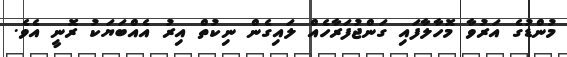
މުންޑުގެ އަރުވާ މޮހާލާފައި ގަންޖުފަރާހެއް ލައިގެން ނިކުތް އިރު އެއްބަޔަކު ރޮނީ އެވެ.